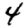
Digit: 4